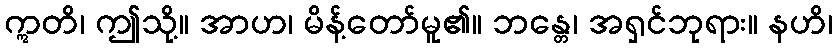
ဣတိ၊ ဤသို့။ အာဟ၊ မိန့်တော်မူ၏။ ဘန္တေ၊ အရှင်ဘုရား။ နဟိ၊